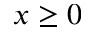
x \geq 0